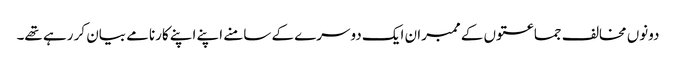
دونوں مخالف جماعتوں کے ممبران ایک دوسرے کے سامنے اپنے اپنے کارنامے بیان کر رہے تھے۔